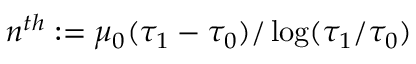
n ^ { t h } : = \mu _ { 0 } ( \tau _ { 1 } - \tau _ { 0 } ) / \log ( \tau _ { 1 } / \tau _ { 0 } )